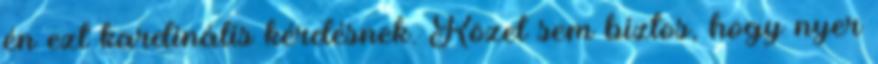
én ezt kardinális kérdésnek. Közel sem biztos, hogy nyer